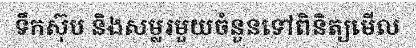
ទឹកស៊ុប និងសម្លរមួយចំនួនទៅពិនិត្យមើល